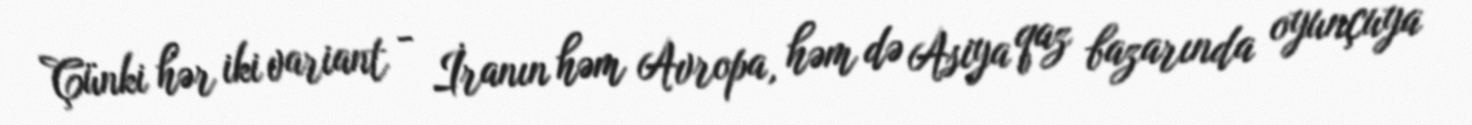
Çünki hər iki variant - İranın həm Avropa, həm də Asiya qaz bazarında oyunçuya